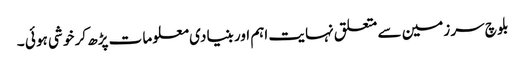
بلو چ سر زمین سے متعلق نہا یت اہم اور بنیا دی معلو ما ت پڑھ کر خو شی ہو ئی ۔